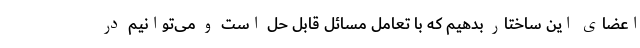
اعضای این ساختار بدهیم که با تعامل مسائل قابل حل است و می‌توانیم در